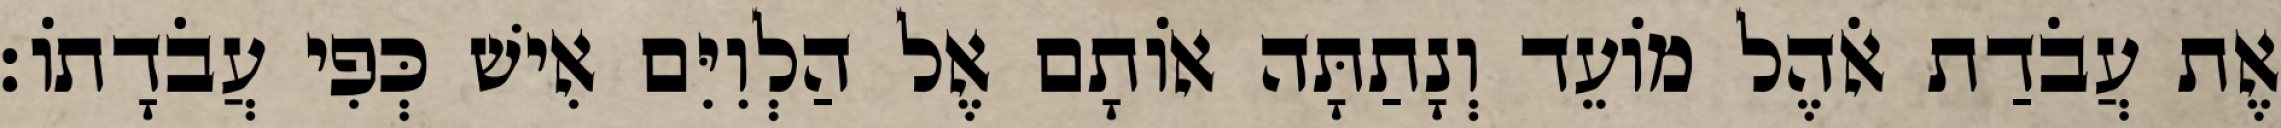
אֶת עֲבֹדַת אֹהֶל מוֹעֵד וְנָתַתָּה אוֹתָם אֶל הַלְוִיִּם אִישׁ כְּפִי עֲבֹדָתוֹ׃